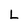
Character: L